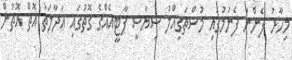
މިހާރު ފެންނަ ފެނުމުގައި މުސްތަޤިއްލު ސިޔާސީ ޕާޓީއެއްގެ ގޮތުގައި ޢަދާލަތު އޮތް އޮތުން